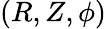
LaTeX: (R,Z,\phi)